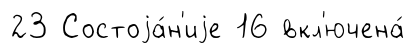
23 Состоjа́н'иjе 16 вкл'ючена́